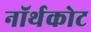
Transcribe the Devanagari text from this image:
नॉर्थकोट